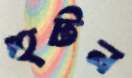
হুটন